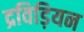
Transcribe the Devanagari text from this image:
द्रविड़ियन